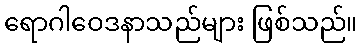
ရောဂါဝေဒနာသည်များ ဖြစ်သည်။